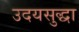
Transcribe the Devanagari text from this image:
उदयसुद्धा